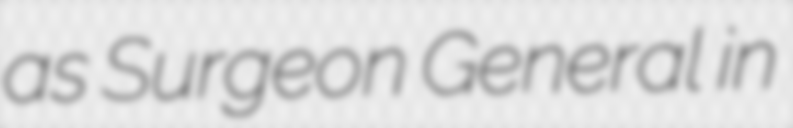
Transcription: as Surgeon General in